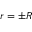
r = \pm R